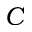
C